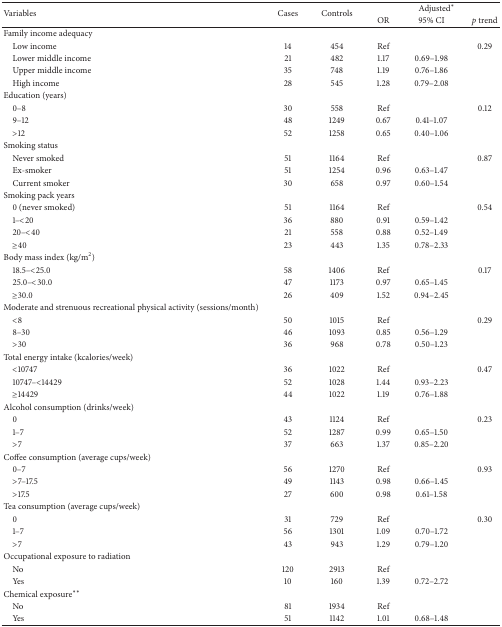
<table><thead><tr><td rowspan="2"><b>Variables</b></td><td rowspan="2"><b>Cases</b></td><td rowspan="2"><b>Controls</b></td><td colspan="3"><b>Adjusted<sup><i>∗</i></sup></b></td></tr><tr><td><b>OR</b></td><td><b>95% CI</b></td><td><b><i>p</i> trend</b></td></tr></thead><tbody><tr><td>Family income adequacy</td><td> </td><td> </td><td> </td><td> </td><td> </td></tr><tr><td> Low income</td><td>14</td><td>454</td><td>Ref</td><td> </td><td>0.29</td></tr><tr><td> Lower middle income</td><td>21</td><td>482</td><td>1.17</td><td>0.69–1.98</td><td> </td></tr><tr><td> Upper middle income</td><td>35</td><td>748</td><td>1.19</td><td>0.76–1.86</td><td> </td></tr><tr><td> High income</td><td>28</td><td>545</td><td>1.28</td><td>0.79–2.08</td><td> </td></tr><tr><td>Education (years)</td><td> </td><td> </td><td> </td><td> </td><td> </td></tr><tr><td> 0–8</td><td>30</td><td>558</td><td>Ref</td><td> </td><td>0.12</td></tr><tr><td> 9–12</td><td>48</td><td>1249</td><td>0.67</td><td>0.41–1.07</td><td> </td></tr><tr><td> &gt;12</td><td>52</td><td>1258</td><td>0.65</td><td>0.40–1.06</td><td> </td></tr><tr><td>Smoking status</td><td> </td><td> </td><td> </td><td> </td><td> </td></tr><tr><td> Never smoked</td><td>51</td><td>1164</td><td>Ref</td><td> </td><td>0.87</td></tr><tr><td> Ex-smoker</td><td>51</td><td>1254</td><td>0.96</td><td>0.63–1.47</td><td> </td></tr><tr><td> Current smoker</td><td>30</td><td>658</td><td>0.97</td><td>0.60–1.54</td><td> </td></tr><tr><td>Smoking pack years</td><td> </td><td> </td><td> </td><td> </td><td> </td></tr><tr><td> 0 (never smoked)</td><td>51</td><td>1164</td><td>Ref</td><td> </td><td>0.54</td></tr><tr><td> 1–&lt;20</td><td>36</td><td>880</td><td>0.91</td><td>0.59–1.42</td><td> </td></tr><tr><td> 20–&lt;40</td><td>21</td><td>558</td><td>0.88</td><td>0.52–1.49</td><td> </td></tr><tr><td> ≥40</td><td>23</td><td>443</td><td>1.35</td><td>0.78–2.33</td><td> </td></tr><tr><td>Body mass index (kg/m<sup>2</sup>)</td><td> </td><td> </td><td> </td><td> </td><td> </td></tr><tr><td> 18.5–&lt;25.0</td><td>58</td><td>1406</td><td>Ref</td><td> </td><td>0.17</td></tr><tr><td> 25.0–&lt;30.0</td><td>47</td><td>1173</td><td>0.97</td><td>0.65–1.45</td><td> </td></tr><tr><td> ≥30.0</td><td>26</td><td>409</td><td>1.52</td><td>0.94–2.45</td><td> </td></tr><tr><td>Moderate and strenuous recreational physical activity (sessions/month)</td><td> </td><td> </td><td> </td><td> </td><td> </td></tr><tr><td> &lt;8</td><td>50</td><td>1015</td><td>Ref</td><td> </td><td>0.29</td></tr><tr><td> 8–30</td><td>46</td><td>1093</td><td>0.85</td><td>0.56–1.29</td><td> </td></tr><tr><td> &gt;30</td><td>36</td><td>968</td><td>0.78</td><td>0.50–1.23</td><td> </td></tr><tr><td>Total energy intake (kcalories/week)</td><td> </td><td> </td><td> </td><td> </td><td> </td></tr><tr><td> &lt;10747</td><td>36</td><td>1022</td><td>Ref</td><td> </td><td>0.47</td></tr><tr><td> 10747–&lt;14429</td><td>52</td><td>1028</td><td>1.44</td><td>0.93–2.23</td><td> </td></tr><tr><td> ≥14429</td><td>44</td><td>1022</td><td>1.19</td><td>0.76–1.88</td><td> </td></tr><tr><td>Alcohol consumption (drinks/week)</td><td> </td><td> </td><td> </td><td> </td><td> </td></tr><tr><td> 0</td><td>43</td><td>1124</td><td>Ref</td><td> </td><td>0.23</td></tr><tr><td> 1–7</td><td>52</td><td>1287</td><td>0.99</td><td>0.65–1.50</td><td> </td></tr><tr><td> &gt;7</td><td>37</td><td>663</td><td>1.37</td><td>0.85–2.20</td><td> </td></tr><tr><td>Coffee consumption (average cups/week)</td><td> </td><td> </td><td> </td><td> </td><td> </td></tr><tr><td> 0–7</td><td>56</td><td>1270</td><td>Ref</td><td> </td><td>0.93</td></tr><tr><td> &gt;7–17.5</td><td>49</td><td>1143</td><td>0.98</td><td>0.66–1.45</td><td> </td></tr><tr><td> &gt;17.5</td><td>27</td><td>600</td><td>0.98</td><td>0.61–1.58</td><td> </td></tr><tr><td>Tea consumption (average cups/week)</td><td> </td><td> </td><td> </td><td> </td><td> </td></tr><tr><td> 0</td><td>31</td><td>729</td><td>Ref</td><td> </td><td>0.30</td></tr><tr><td> 1–7</td><td>56</td><td>1301</td><td>1.09</td><td>0.70–1.72</td><td> </td></tr><tr><td> &gt;7</td><td>43</td><td>943</td><td>1.29</td><td>0.79–1.20</td><td> </td></tr><tr><td>Occupational exposure to radiation</td><td> </td><td> </td><td> </td><td> </td><td> </td></tr><tr><td> No</td><td>120</td><td>2913</td><td>Ref</td><td> </td><td> </td></tr><tr><td> Yes</td><td>10</td><td>160</td><td>1.39</td><td>0.72–2.72</td><td> </td></tr><tr><td>Chemical exposure<sup><i>∗∗</i></sup></td><td> </td><td> </td><td> </td><td> </td><td> </td></tr><tr><td> No</td><td>81</td><td>1934</td><td>Ref</td><td> </td><td> </td></tr><tr><td> Yes</td><td>51</td><td>1142</td><td>1.01</td><td>0.68–1.48</td><td> </td></tr></tbody></table>